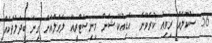
56 ސުކޫލެއް ރިވިއު ކުރެވޭނެ  އެޑިއުކޭޝަން މިނިސްޓްރީއޭ ލެވެލްއަށް ގިނަ ބަދަލުތަކެއް